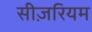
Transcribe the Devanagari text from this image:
सीज़रियम